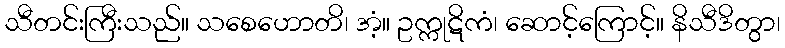
သီတင်းကြီးသည်။ သစေဟောတိ၊ အံ့။ ဥက္ကုဋိကံ၊ ဆောင့်ကြောင့်။ နိသီဒိတွာ၊